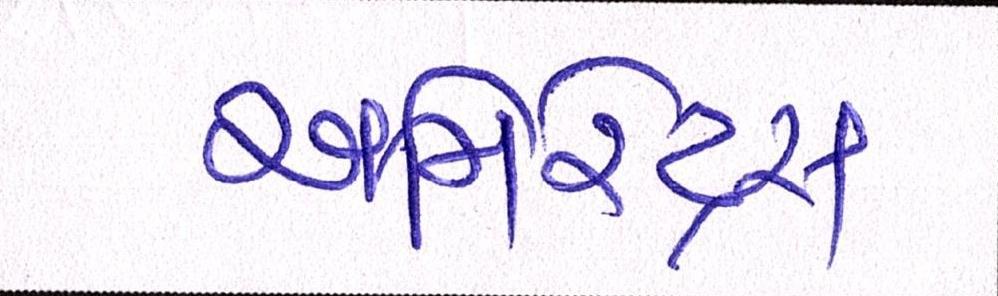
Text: એમિરેટ્સ